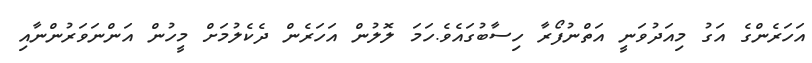
އަހަރެންގެ އަގު މިއަދުވަނީ އަތްނުފޯރާ ހިސާބުގައެވެ.ހަމަ ލޮލުން އަހަރެން ދެކެލުމަށް މީހުން އަންނަވަރުންނާއި